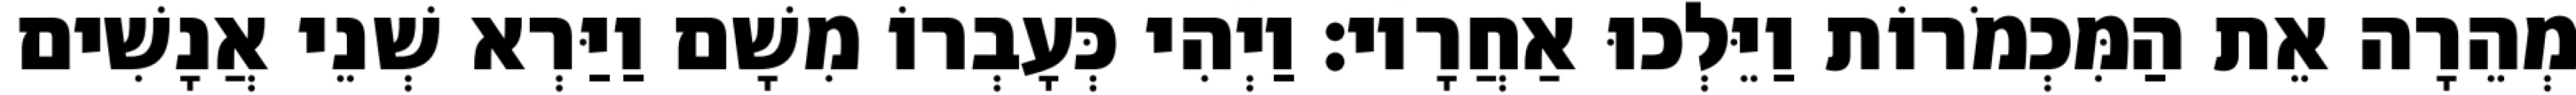
מְהֵרָה אֵת הַמִּכְמֹרוֹת וַיֵּלְכוּ אַחֲרָיו׃ וַיְהִי כְּעָבְרוֹ מִשָׁם וַיַּרְא שְׁנֵי אֲנָשִׁים